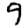
Digit: 9